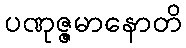
ပဏုဇ္ဇမာနောတိ